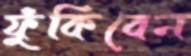
ফুঁকিবেন